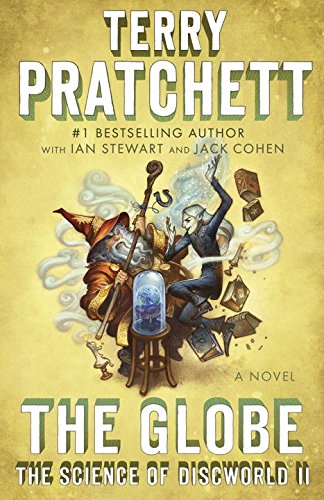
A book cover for The Globe: The Science of Discworld II: A Novel (An Anchor Books Original); Terry Pratchett; Literature & Fiction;